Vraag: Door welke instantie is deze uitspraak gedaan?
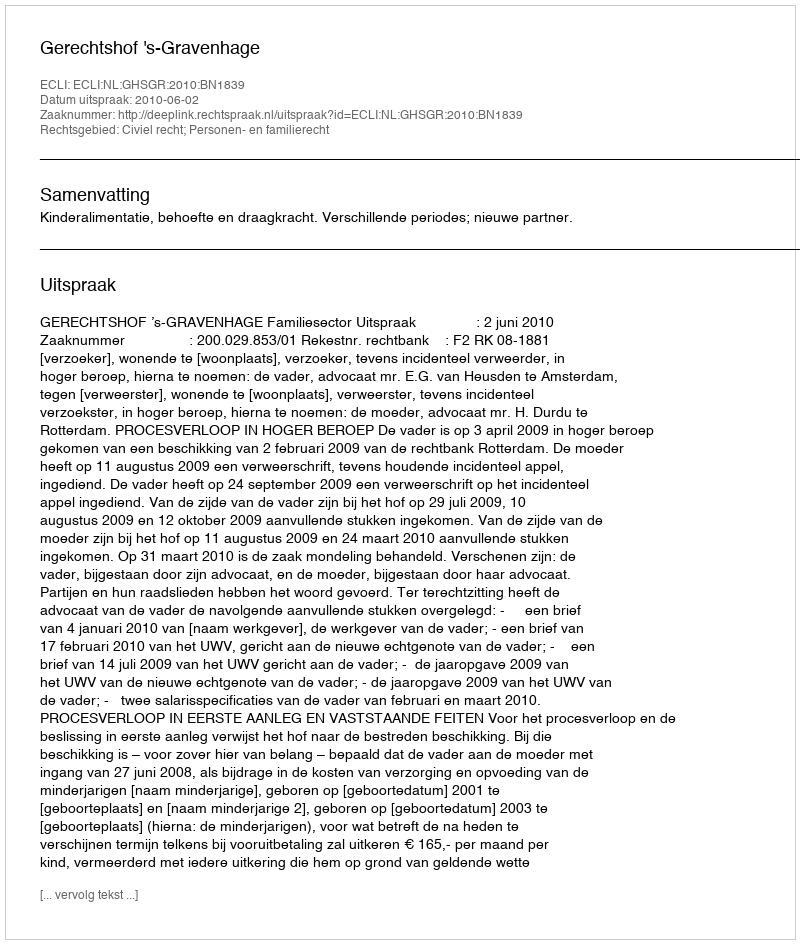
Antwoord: Gerechtshof 's-Gravenhage